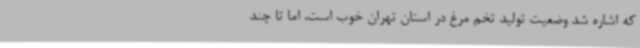
که اشاره شد وضعیت تولید تخم مرغ در استان تهران خوب است، اما تا چند